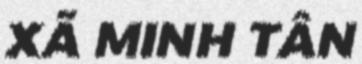
XÃ MINH TÂN